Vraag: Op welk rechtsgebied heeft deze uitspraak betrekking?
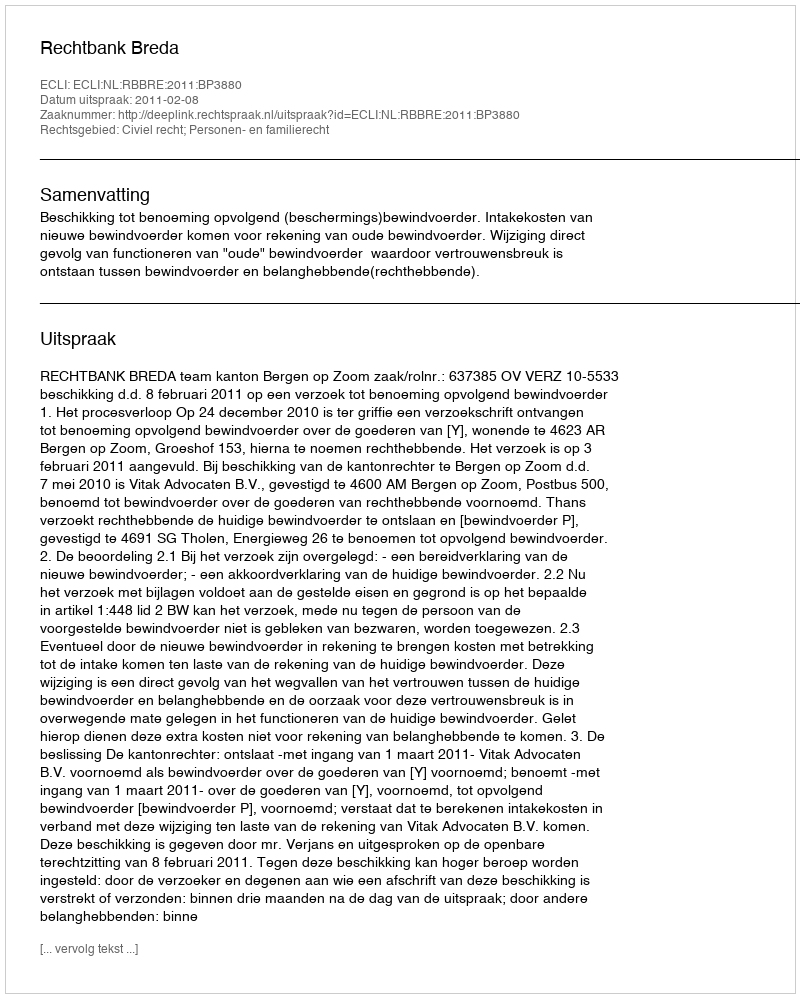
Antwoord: Civiel recht; Personen- en familierecht